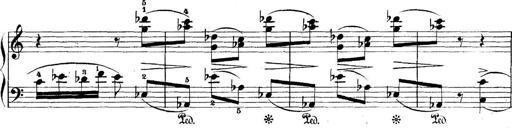
Title: 5 Sonatinas
Composer: Theodor Kirchner